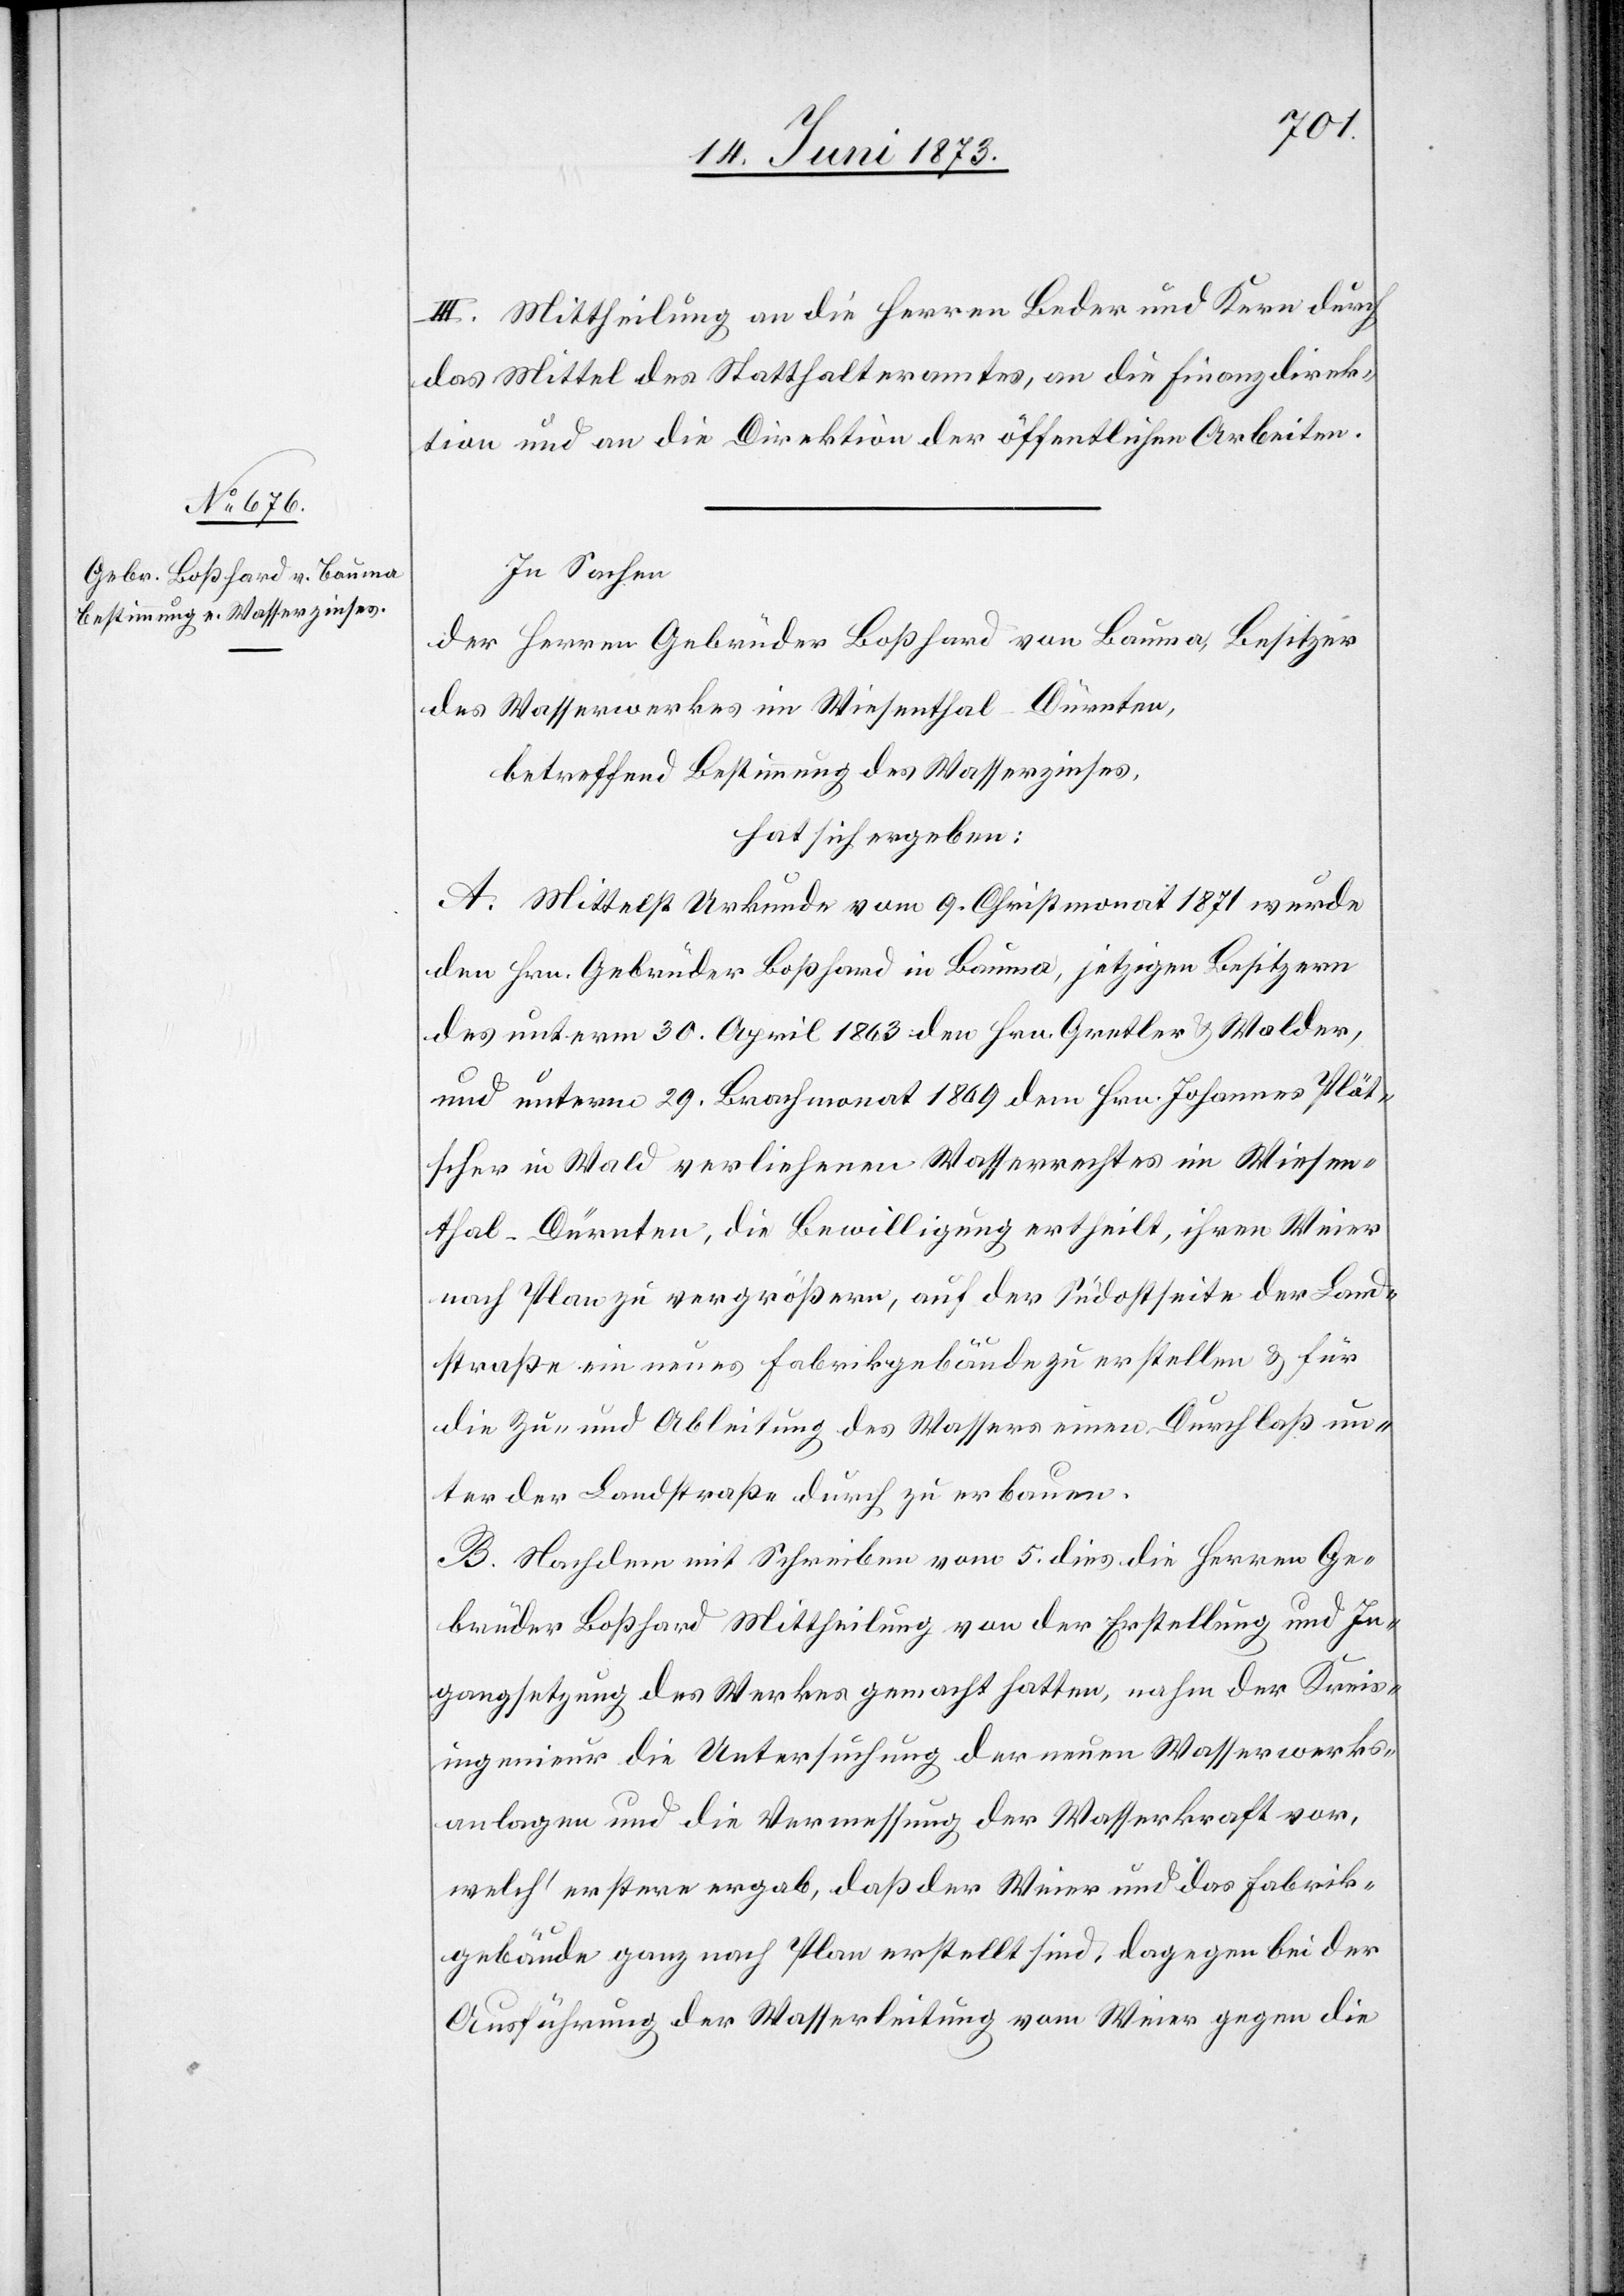
III. Mittheilung an die Herren Beder und Kern durch
das Mittel des Statthalteramtes, an die Finanzdirek¬
tion und an die Direktion der öffentlichen Arbeiten.
In Sachen
der Herren Gebrüder Boßhard von Bauma, Besitzer
des Wasserwerkes im Wiesenthal-Dürnten,
betreffend Bestimmung des Wasserzinses,
hat sich ergeben:
A. Mittelst Urkunde vom 9. Christmonat 1871 wurde
den Hrn. Gebrüder Boßhard in Bauma, jetzigen Besitzern
des unterm 30. April 1863 den Hrn. Gretler & Walder,
und unterm 29. Brachmonat 1869 dem Hrn. Johannes Plöt¬
scher in Wald verliehenen Wasserrechtes in Wiesen¬
thal-Dürnten, die Bewilligung ertheilt, ihren Weier
nach Plan zu vergrößern, auf der Südostseite der Land¬
straße ein neues Fabrikgebäude zu erstellen & für
die Zu- und Ableitung des Wassers einen Durchlaß un¬
ter der Landstraße durch zu erbauen.
B. Nachdem mit Schreiben vom 5. dies die Herren Ge¬
brüder Boßhard Mittheilung von der Erstellung und In¬
gangsetzung des Werkes gemacht hatten, nahm der Kreis¬
ingenieur die Untersuchung der neuen Wasserwerks¬
anlagen und die Vermessung der Wasserkraft vor,
welch’ erstere ergab, daß der Weier und das Fabrik¬
gebäude ganz nach Plan erstellt sind, dagegen bei der
Ausführung der Wasserleitung vom Weier gegen die